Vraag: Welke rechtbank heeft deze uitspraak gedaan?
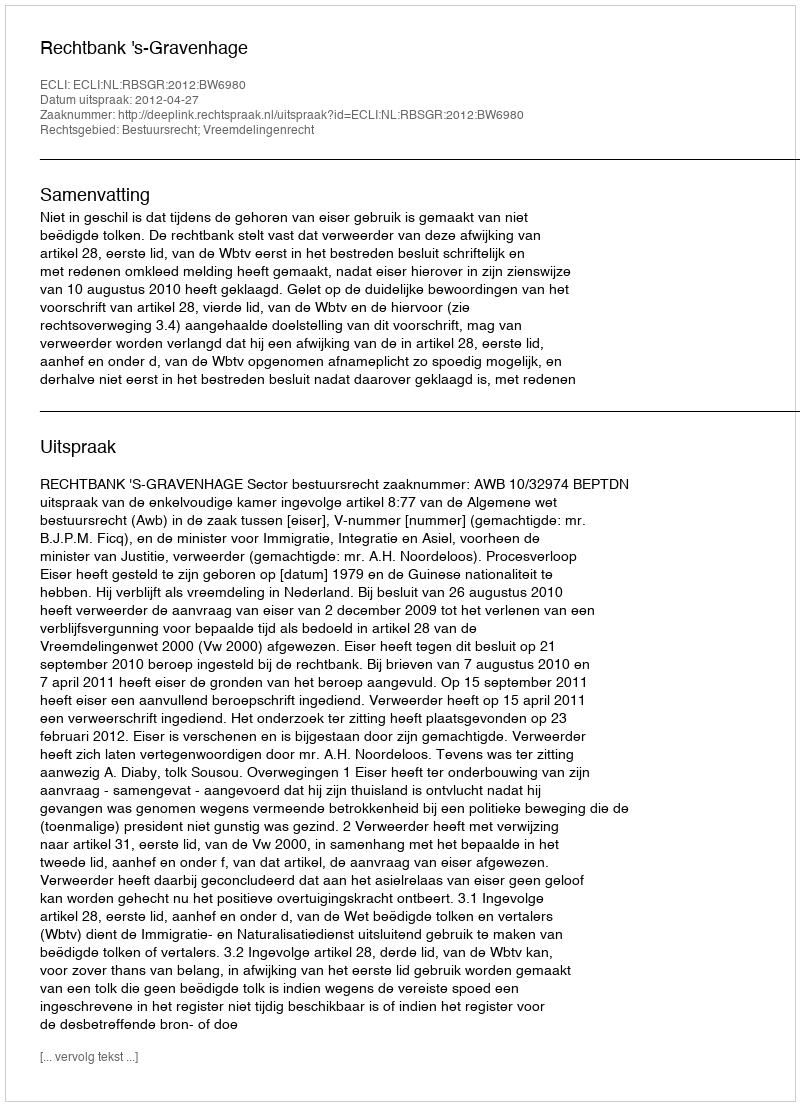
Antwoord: Rechtbank 's-Gravenhage